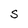
Character: S